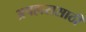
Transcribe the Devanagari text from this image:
अपहारासाठी